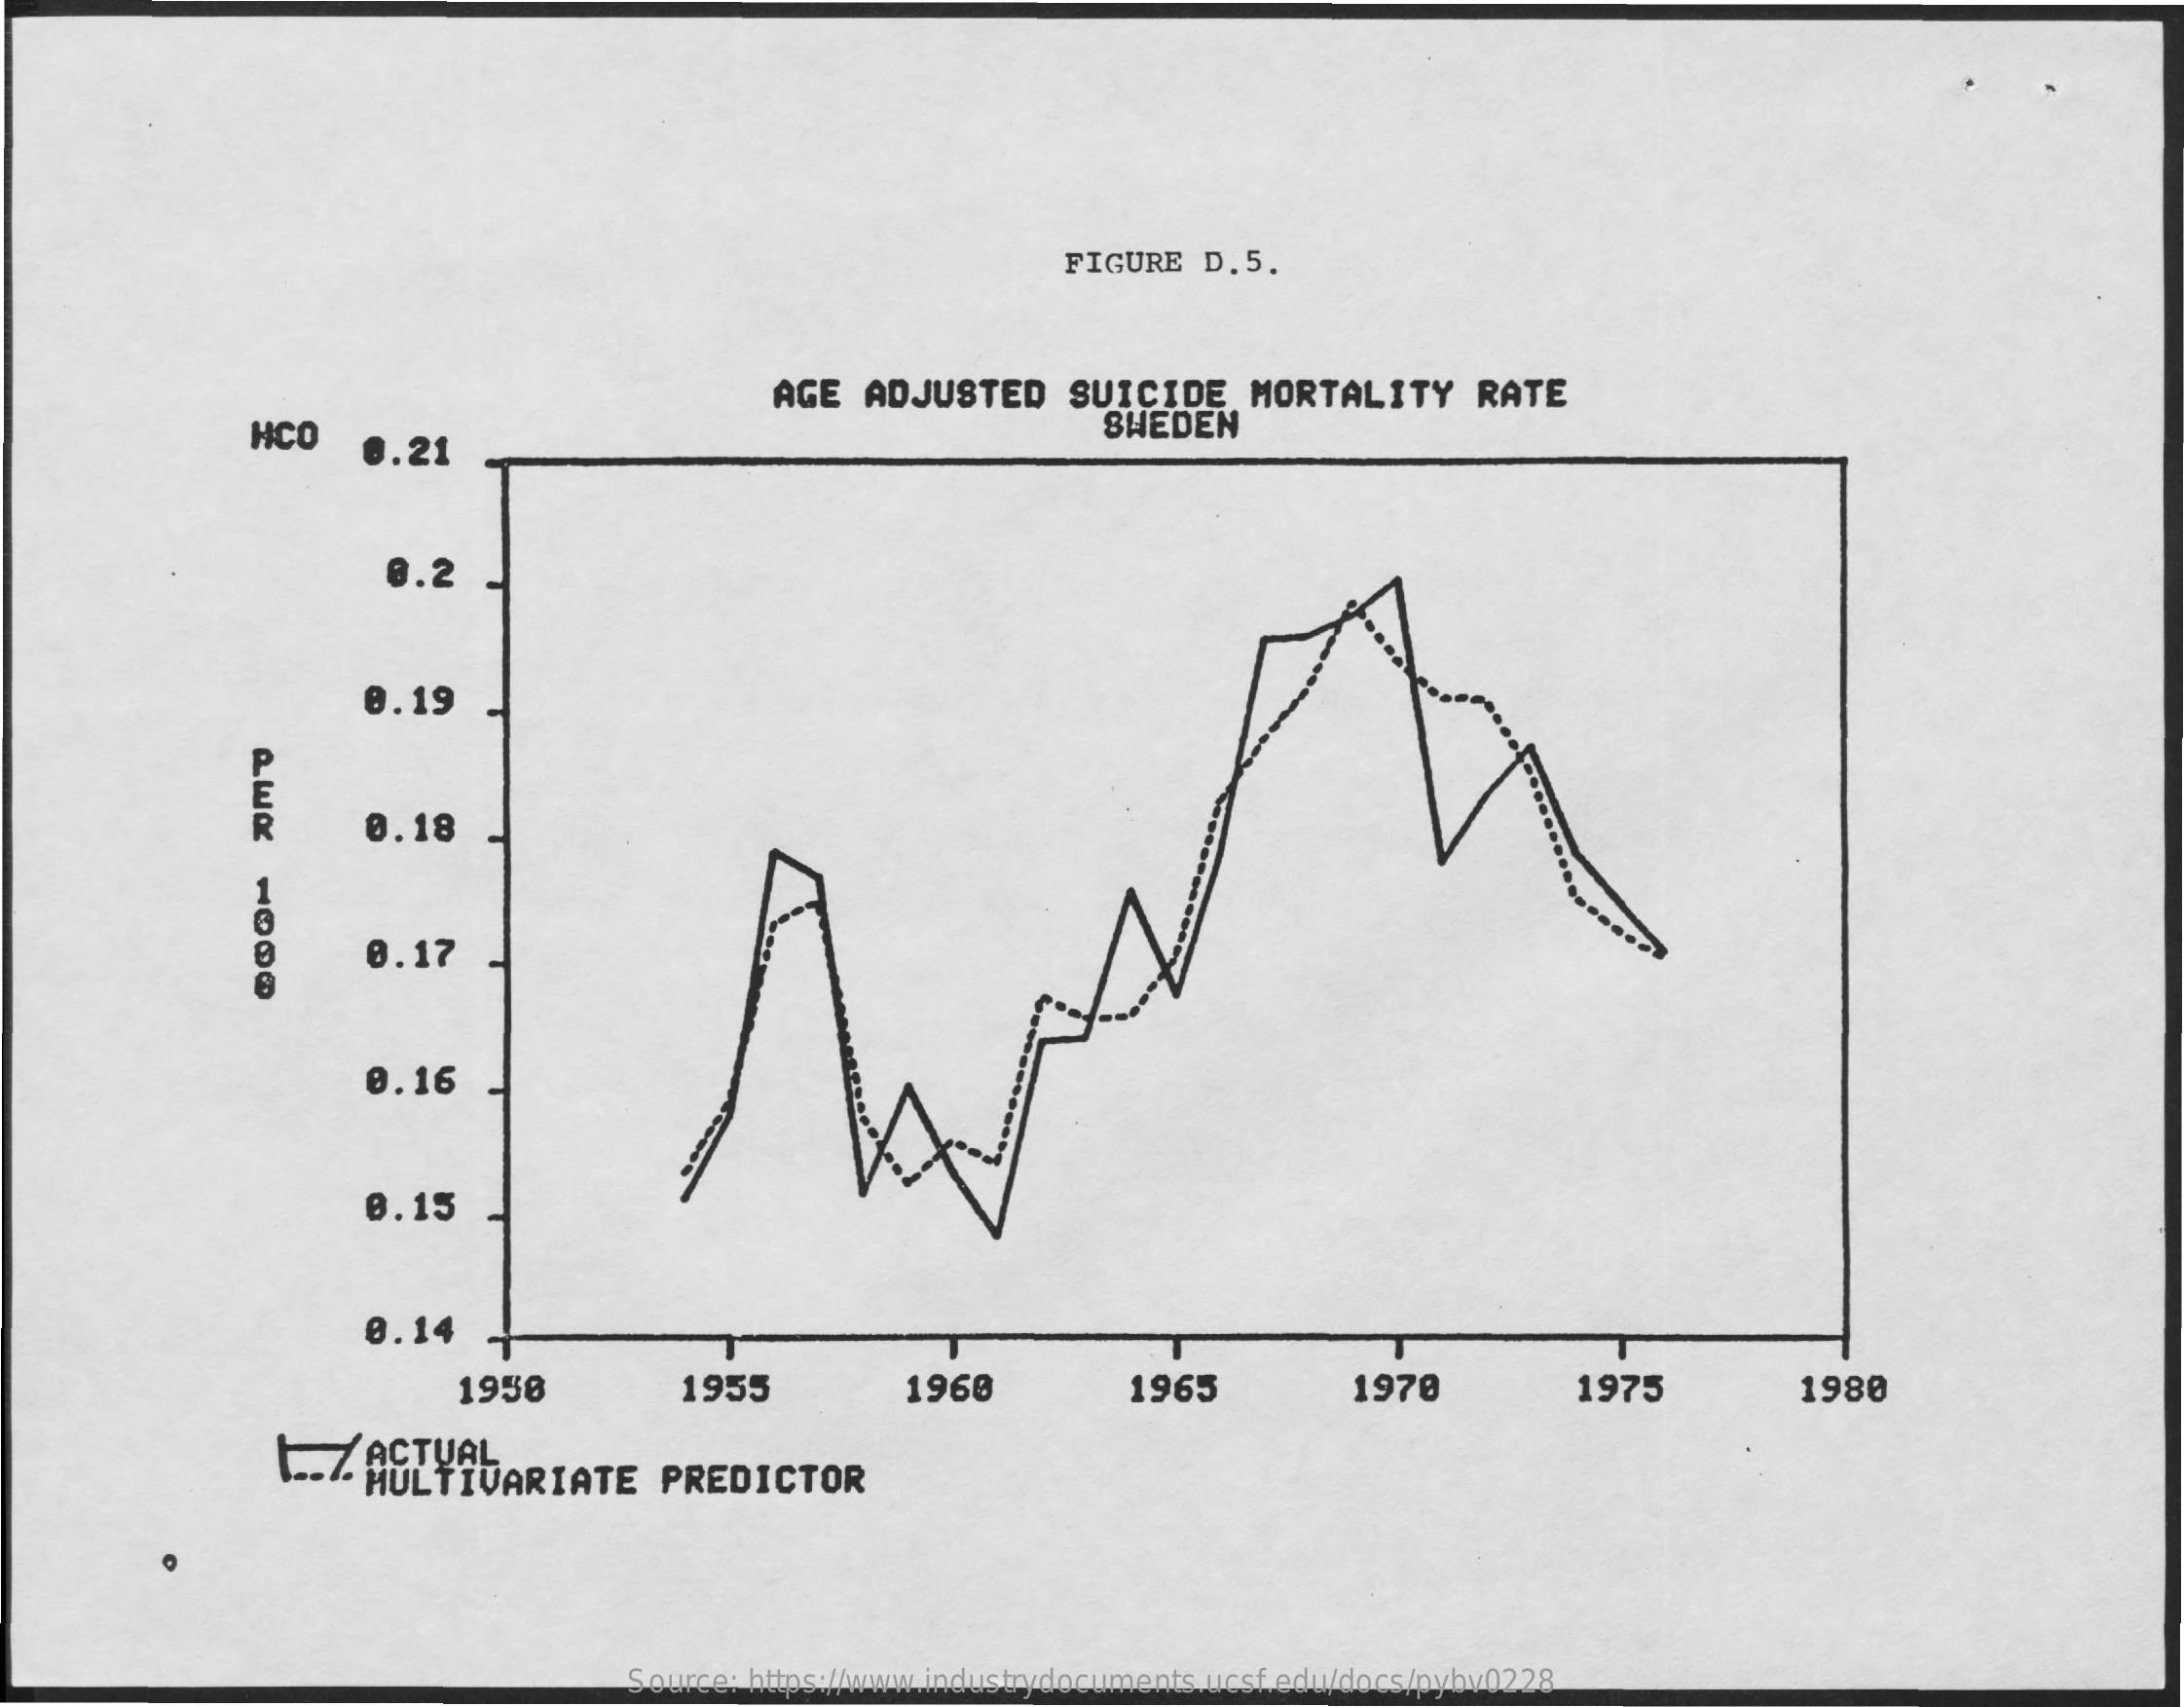
FIGURE   D.5.
     AGE   ADJUSTED    SUICIDE    MORTALITY    RATE
     HCO    0.21
     SHEDEN
     0.2
     0.19
     0.18
     0.17
     0.16
     0.15
     0.14
     1958    1955    1960    1965    1970    1975    1980
     L.Z. ACTUAL
     MULTIVARIATE    PREDICTOR
     Source: https://www.industrydocuments.ucsf.edu/docs/pybv0228